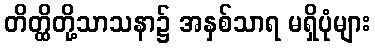
တိတ္ထိတို့သာသနာ၌ အနှစ်သာရ မရှိပုံများ